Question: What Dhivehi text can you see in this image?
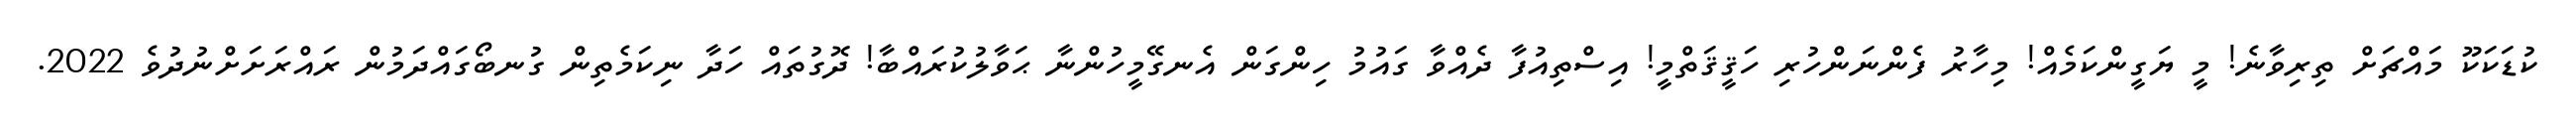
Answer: ކުޑަކަކޫ މައްޗަށް ތިރިވާނެ! މީ ޔަގީންކަމެއް! މިހާރު ފެންނަންހުރި ހަޤީޤަތްމީ! އިސްތިއުފާ ދެއްވާ ގައުމު ހިންގަން އެނގޭމީހުންނާ ޙަވާލުކުރައްބާ! ދޮގުތައް ހަދާ ނިކަމެތިން ގުނބޯގައްދަމުން ރައްރަށަށްނުދުވެ 2022.